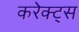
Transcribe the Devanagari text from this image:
करेक्ट्स